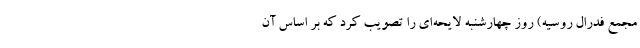
مجمع فدرال روسیه) روز چهارشنبه لایحه‌ای را تصویب کرد که بر اساس آن